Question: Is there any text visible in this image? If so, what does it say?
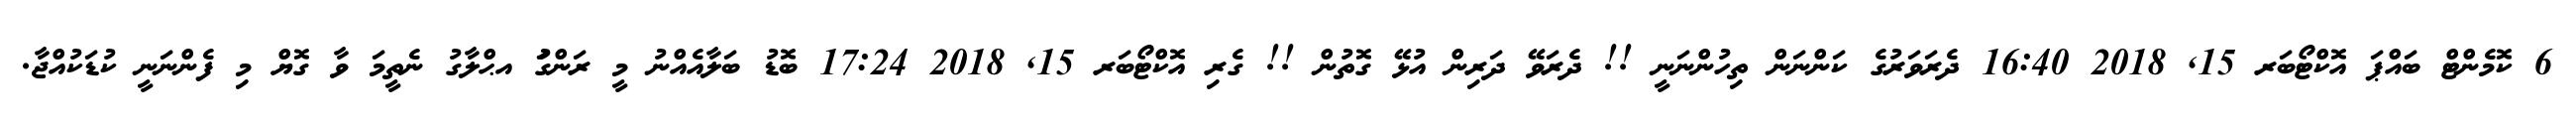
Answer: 6 ކޮމެންޓް ބައްޕަ އޮކްޓޯބަރ 15, 2018 16:40 ދެރަވަރުގެ ކަންނަން ތިހުންނަނީ !! ދެރަވޭ ދަރިން އުޅޭ ގޮތުން !! ގެރި އޮކްޓޯބަރ 15, 2018 17:24 ބޮޑު ބަލާއެއްނު މީ ރަންގަު އޙްލާގު ނެތީމަ ވާ ގޮޔް މި ފެންނަނީ ކުޑަކުއްޖާ.